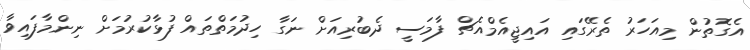
އެގޮތުން މިއަހަރު ތެރޭގައި އައިޖީއެމްއެޗް ފާމަސީ ދެބުރިއަށް ނަގާ ހިދުމަތްތައް ފުޅާކުރުމަށް ނިންމާފައިވާ